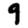
Digit: 9